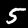
Label: 5